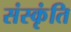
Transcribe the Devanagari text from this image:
संस्कृंति